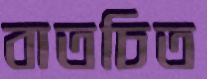
বাতচিত